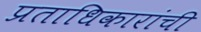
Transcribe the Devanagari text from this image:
प्रताधिकारांची